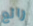
رائع